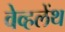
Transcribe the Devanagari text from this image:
वेव्हलेंथ